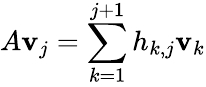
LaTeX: A\mathbf{v}_{j}=\sum_{k=1}^{j+1}h_{k,j}\mathbf{v}_{k}